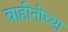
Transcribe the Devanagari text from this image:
वाहीनीच्या